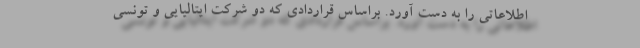
اطلاعاتی را به دست آورد. براساس قراردادی که دو شرکت ایتالیایی و تونسی